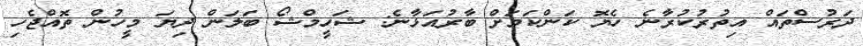
ދަރުސްތައް އިތުރުކުރާނެ ހެޔޮ ކަންކަމަށް ބާރުއަޅާނެ: ޝަހީމްޝޯ ބަލަން ދިޔަ މީހުން ތޮއްޖެހި